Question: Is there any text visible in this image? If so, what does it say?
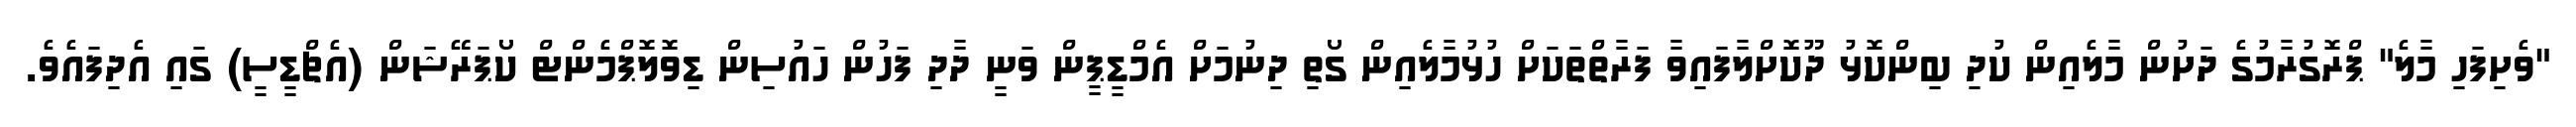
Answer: "ވެށިފަހި މާލެ" ޕްރޮގުރާމުގެ ދަށުން މާލެއިން ކުދި ބިންކޮޅު ދޫކޮށްލާފައިވާ ފަރާތްތަކަށް ހުޅުމާލެއިން ގޯތި ދިނުމަށް އެމްޑީޕީން ވަނީ ދާދި ފަހުން ހައުސިން ޑިވޮލޮޕްމެންޓް ކޯޕަރޭޝަން (އެޗްޑީސީ) ގައި އެދިފައެވެ.